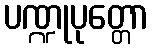
ပဏ္ဍုပုတ္တော